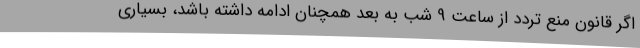
اگر قانون منع تردد از ساعت 9 شب به بعد همچنان ادامه داشته باشد، بسیاری